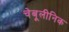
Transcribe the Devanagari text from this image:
चेबूलीनिक